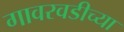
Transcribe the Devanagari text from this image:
गावरवडीच्या